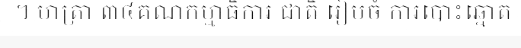
។ មាត្រា ៣៤គណកម្មាធិការ ជាតិ រៀបចំ ការបោះឆ្នោត